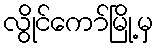
လွိုင်ကော်မြို့မှ